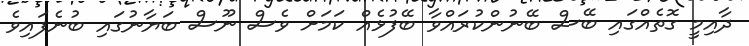
ދާއިމީ ގޮތެއްގައި ބޭސް ބޭނުންކުރައްވާ ބޭފުޅެއް ކަމަށް ވެސް ނޫސް ބަޔާނުގައި ބުނެފައިވެ